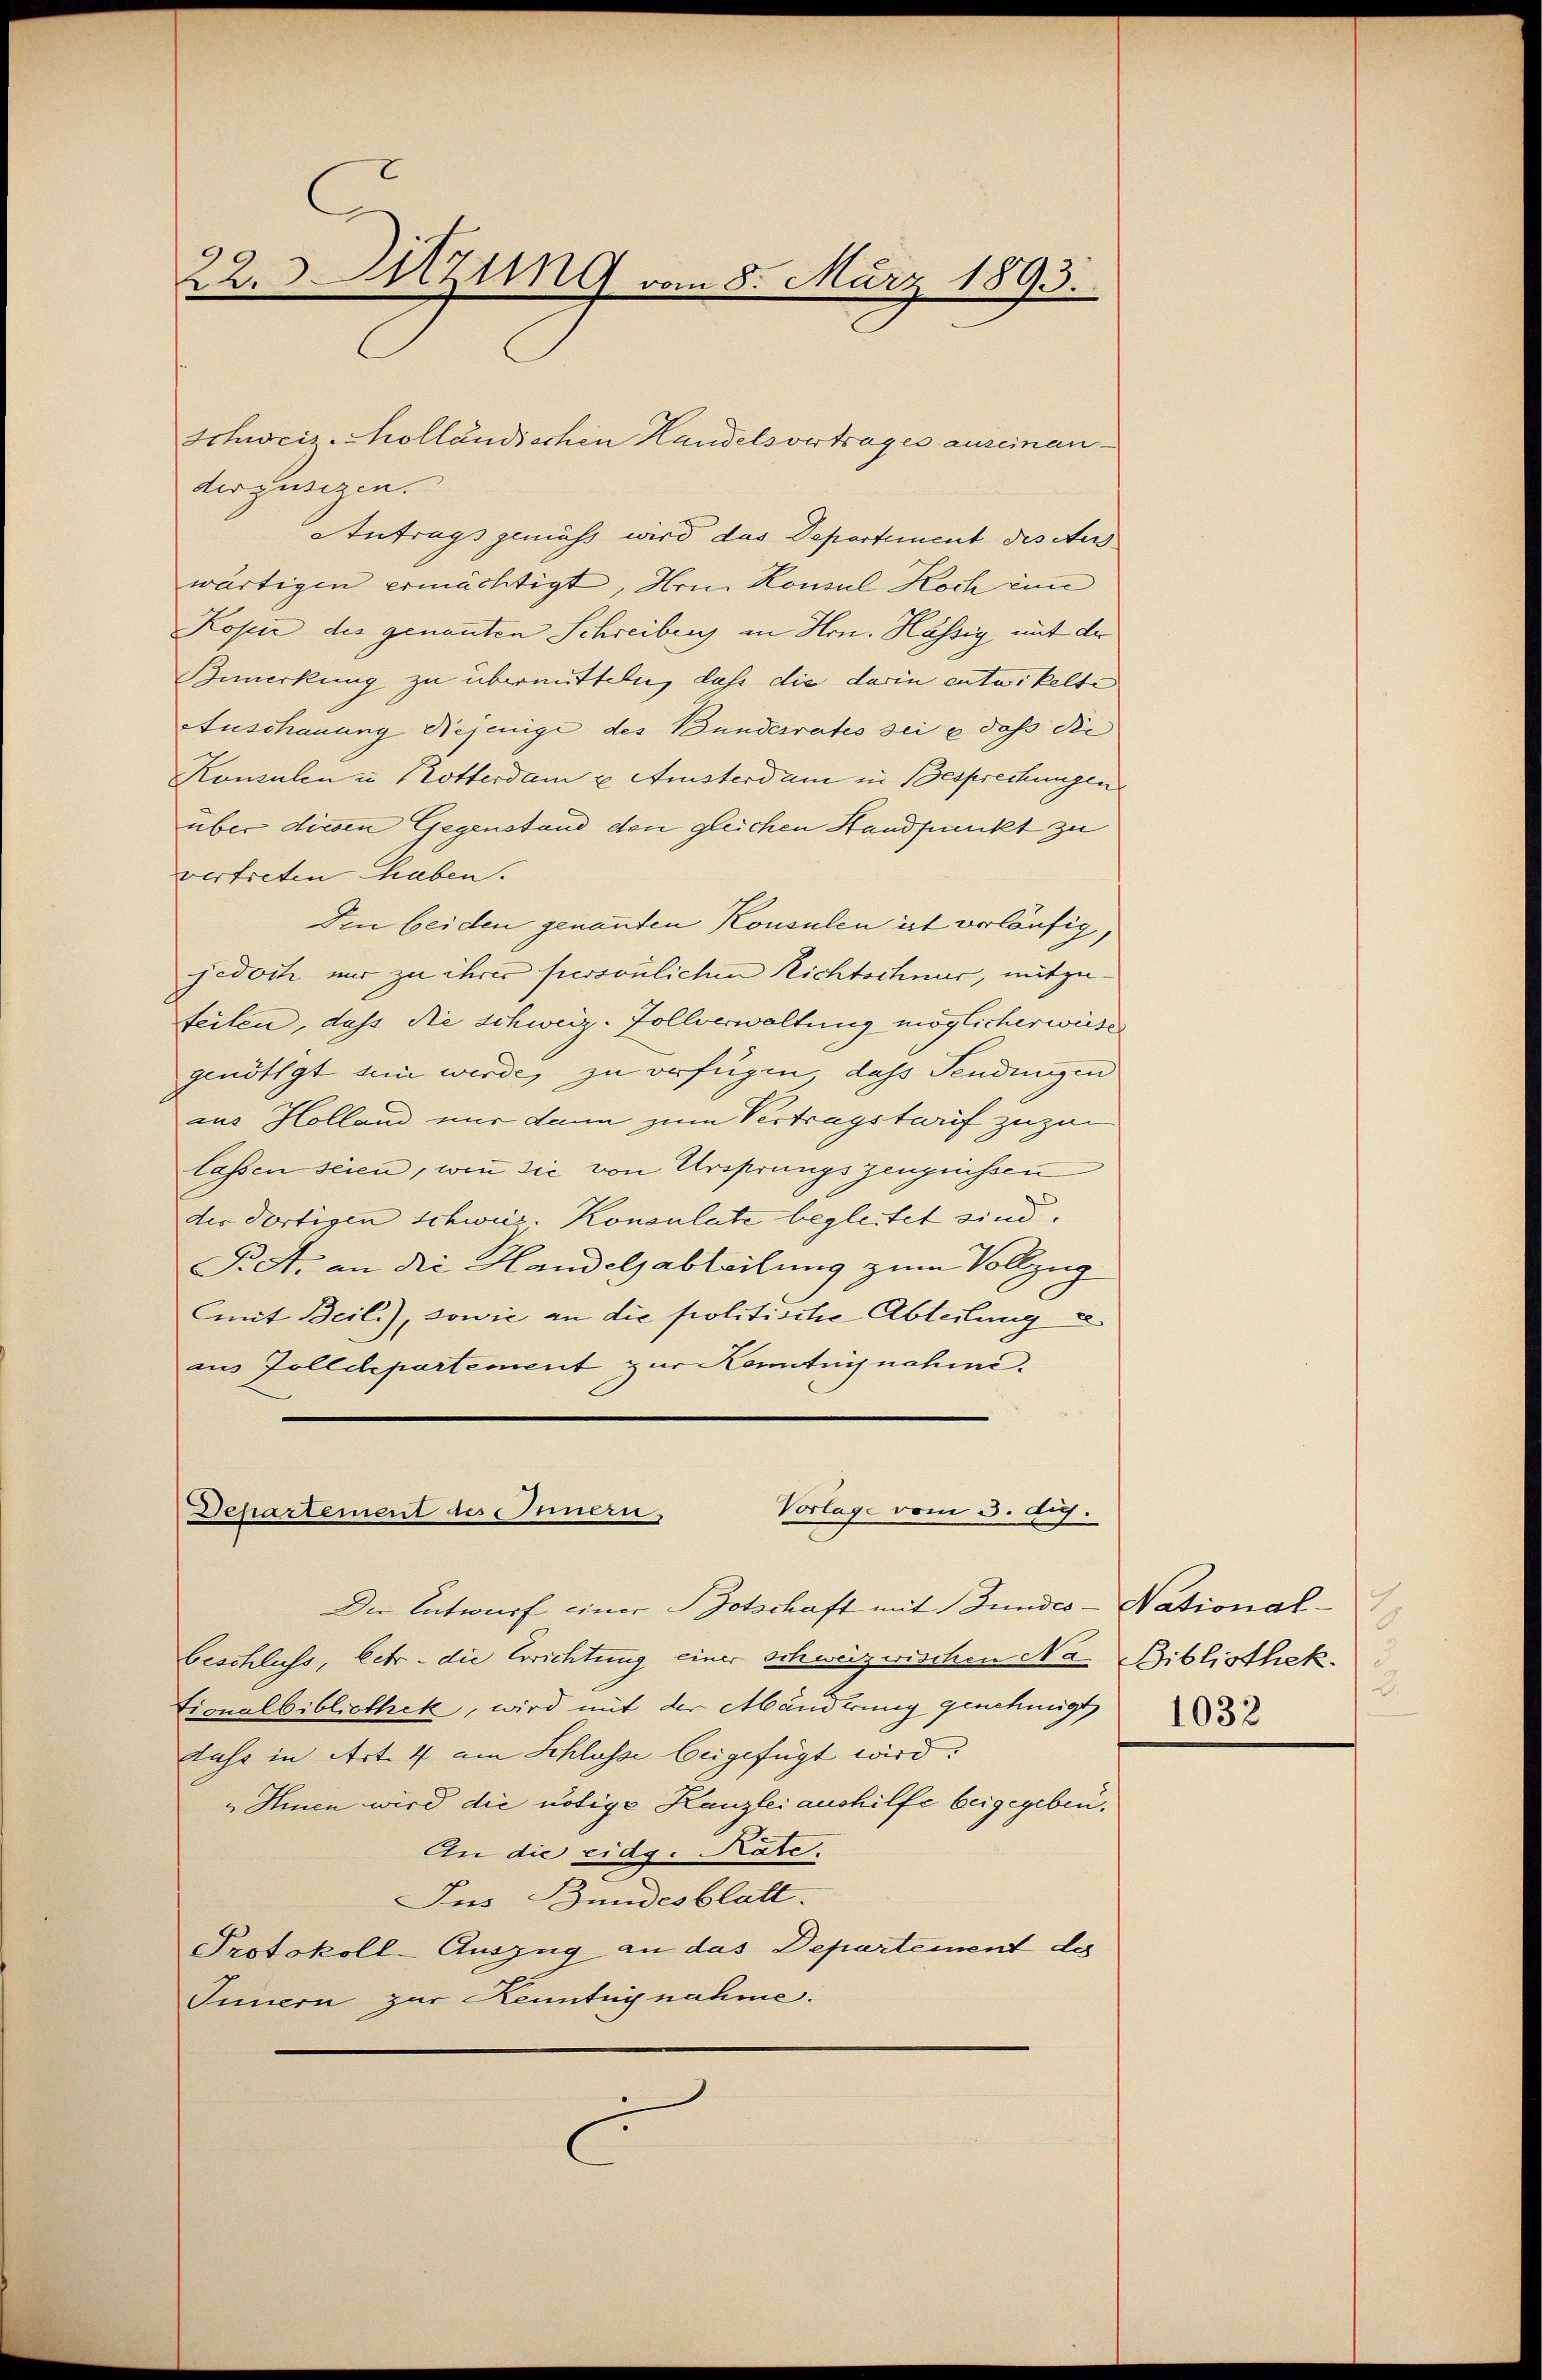
22.Mzig vom 8. März 1893.

Schweiz. Molländischen Handelsvertrages auseinan¬

derzusigen.
Antrags gemäß wird das Departement des Aus
wärtigen ermächtigt, Hrn. Konsul Koch im
Kopie des genannten Schreibens in Hrn. Hässig mit der
Bemerkung zu übermitteln, daß die darin entwickelte
Auschauung Nejenige des Bundesrates sei & daß die
Konsulen u. Potterdam u Amsterdam in Besprechungen
über diesen Gegenstand den gleichen Standpunckt zu
vertreten haben.
Den bei den genannten Konsulen ist verläufig,
jedoch mir zu ihrer persönlichen Richtschner, mitzufeilen, dass die Schweiz. Zollverwaltung möglicherweise
genötigt ein werde, zu verfügen, daß Sendungen
aus Holland nur dann zum Vertragstorf zuzu
lassen seien, wie die von Ursprungszeugnissen
der dortigen Schweiz. Konsulate begleitet sind.
Pret. an die Handelsabteilung zum Vollzug
mit Beil.), sowie an die politische Abteilung d
aus Zolldepartement zur Kontugnahme

Vorlage vom 3. dij.
Departement des Innern,
Der Entwurf einer Botschaft mit Bundes National¬

beschluss, betr. die Errichtung einer schweizerischen Na-Bibliothek.
tionalbibliothek, wird mit der Mänderung genehmigt
duse in Art. 4 am Schlosse beigefügt wird.
„Ihnen wird die nötige Kanzlei aushilfe beigegeben.
An die eidg. Rate.
Jus Bundesblatt.
Protokoll-Auszug an das Departement de
Innern zur Kenntny nahme.
C

3.